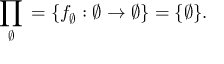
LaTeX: \prod _ { \varnothing } { } = \left\{ f _ { \varnothing } : \varnothing \to \varnothing \right\} = \{ \varnothing \} .